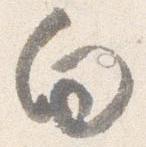
向